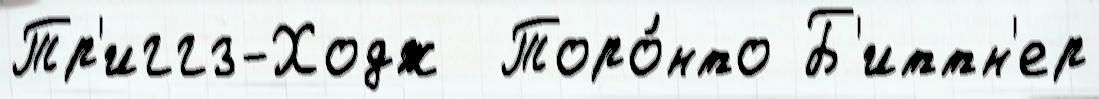
Тр'иггз-Ходж  Торо́нто Б'иттн'ер